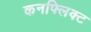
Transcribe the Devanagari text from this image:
कनफ्लिक्ट